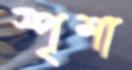
স্পৃশা